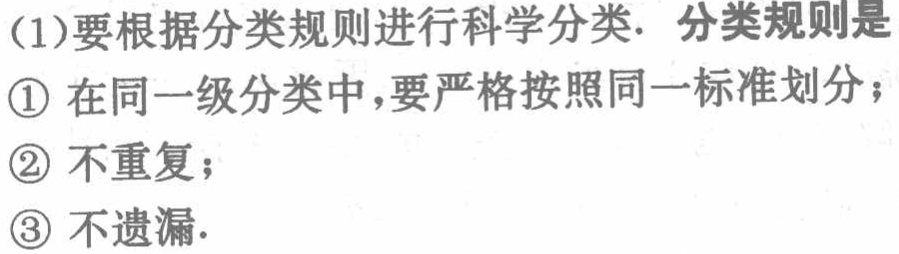
(1)要根据分类规则进行科学分类. 分类规则是
\textcircled{1} 在同一级分类中，要严格按照同一标准划分；
\textcircled{2} 不重复；
\textcircled{3} 不遗漏.